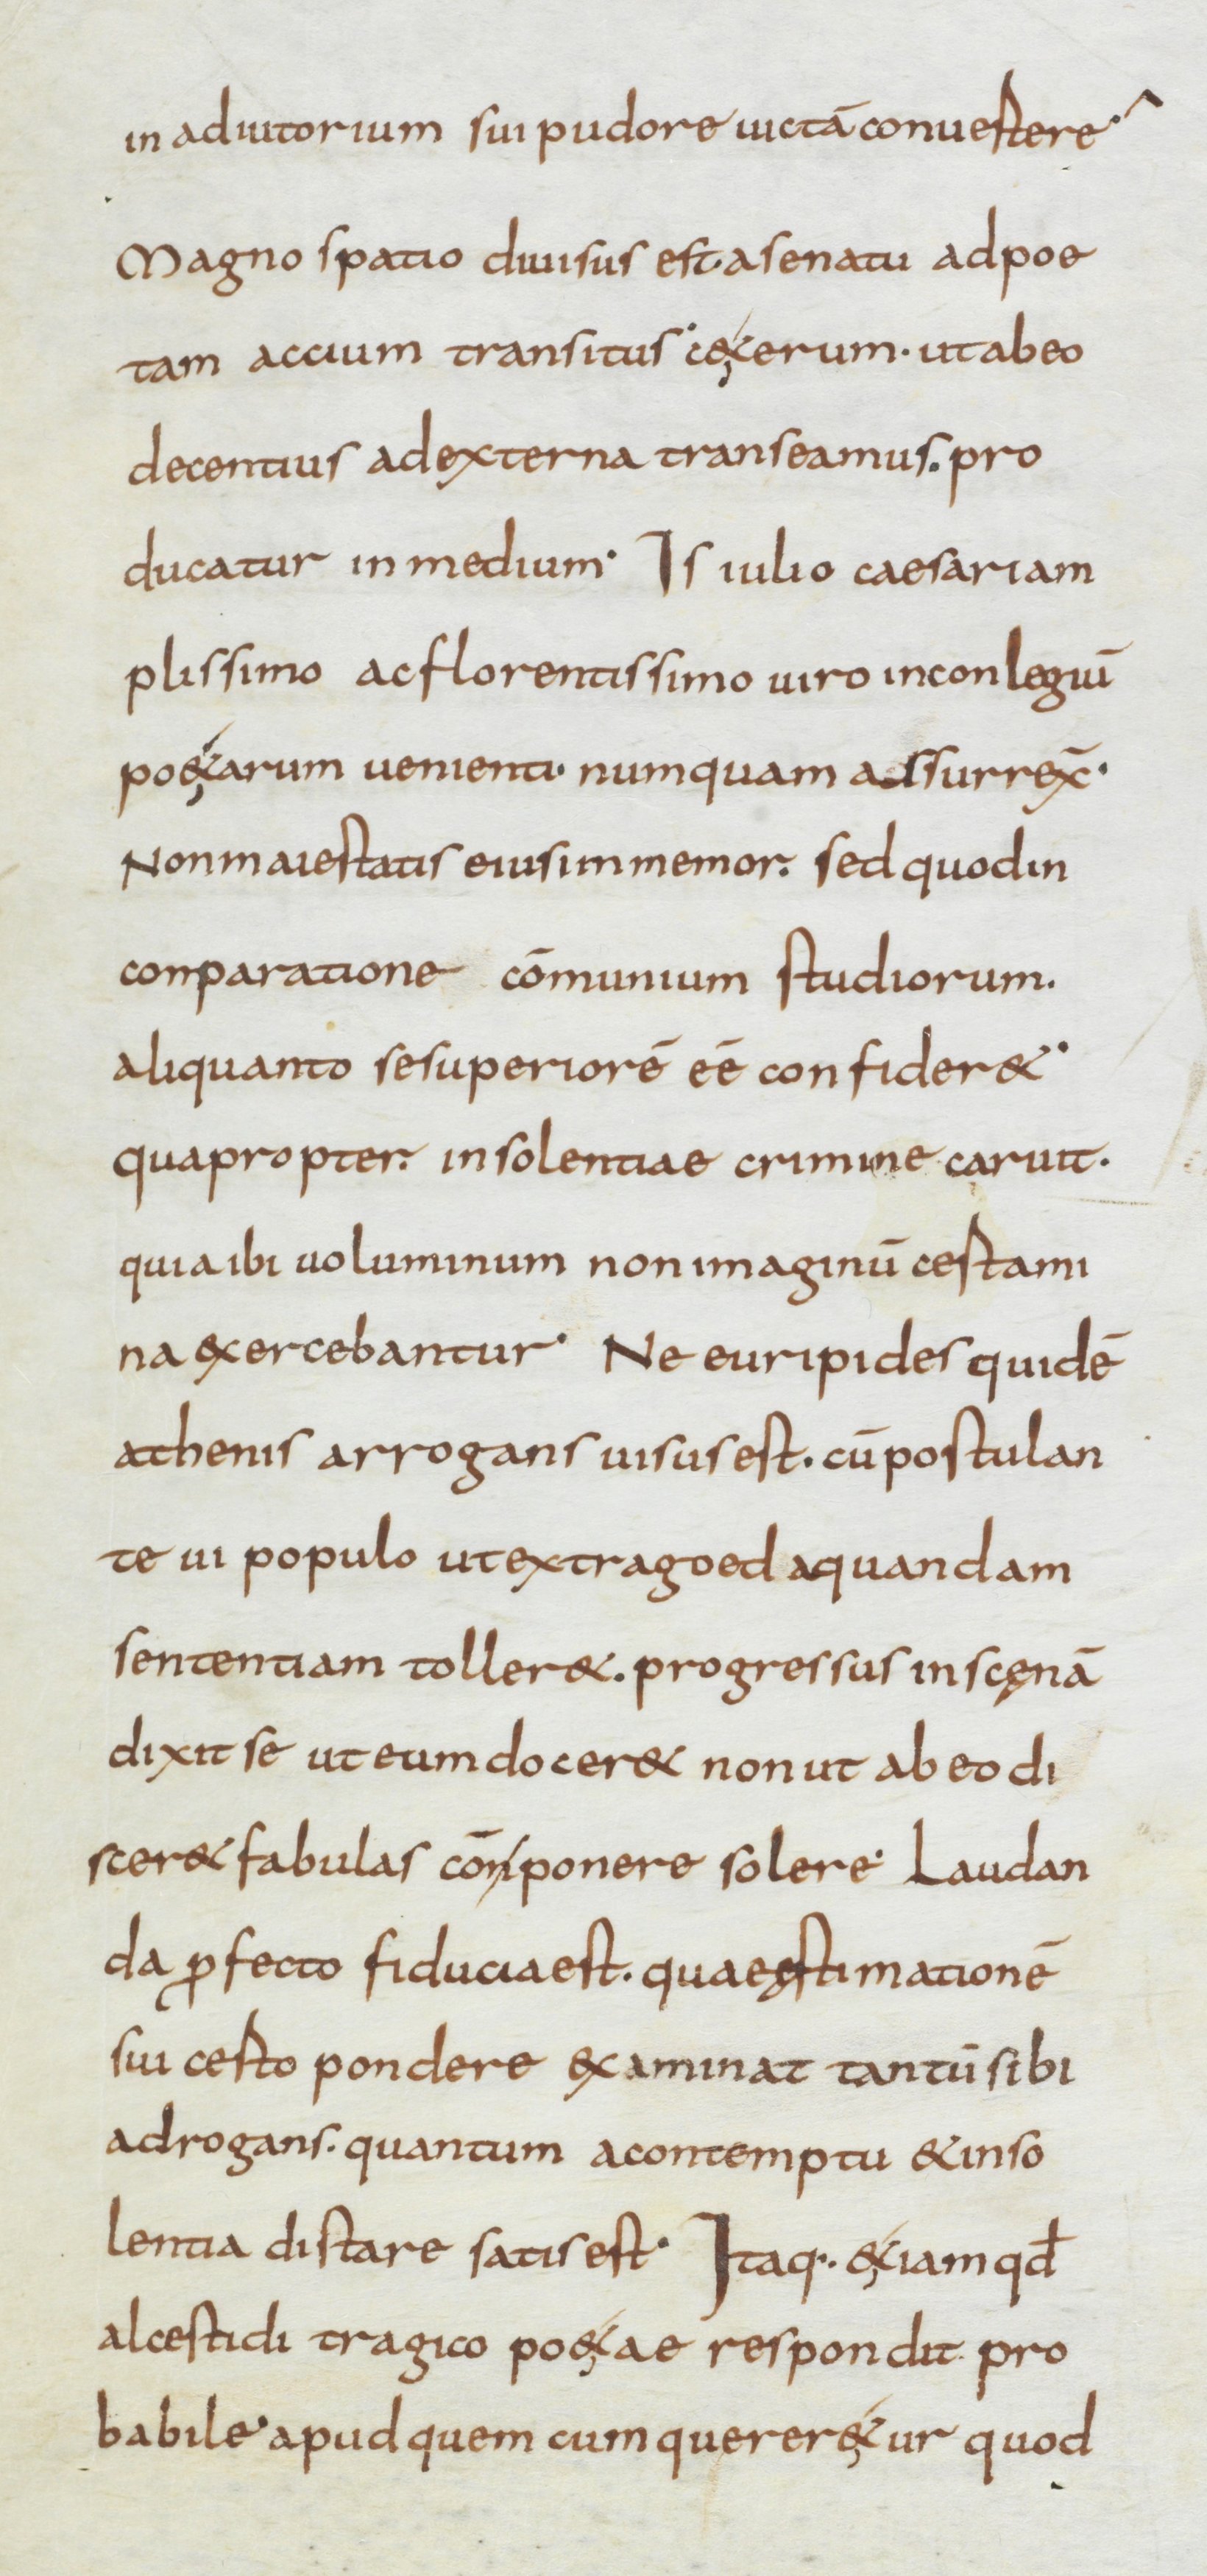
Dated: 834–866